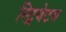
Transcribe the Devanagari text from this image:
स्ट्रियेटस